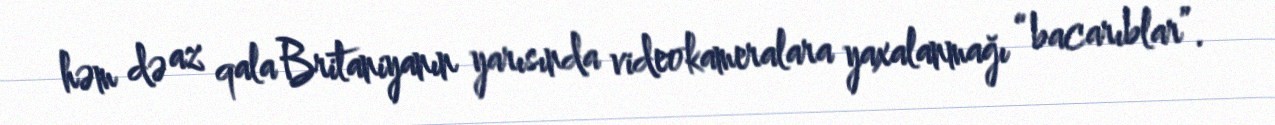
həm də az qala Britaniyanın yarısında videokameralara yaxalanmağı “bacarıblar”.